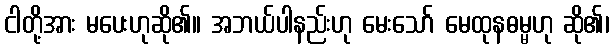
ငါတို့အား မပေးဟုဆို၏။ အဘယ်ပါနည်းဟု မေးသော် မေထုနဓမ္မဟု ဆို၏၊